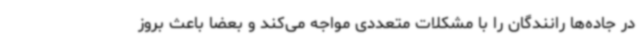
در جاده‌ها رانندگان را با مشکلات متعددی مواجه می‌کند و بعضا باعث بروز